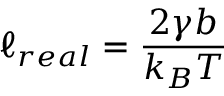
\ell _ { r e a l } = \frac { 2 \gamma b } { k _ { B } T }